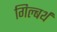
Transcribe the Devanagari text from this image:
गिल्बर्थ